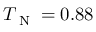
T _ { \textrm { N } } = 0 . 8 8